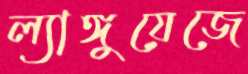
ল্যাঙ্গুয়েজে